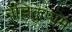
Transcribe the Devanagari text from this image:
नेल्लिकुप्पम